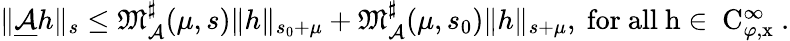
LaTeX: \begin{array}{r}{\rVert\underline{{\mathcal{A}}}h\rVert_{s}\le\mathfrak{M}_{\mathcal{A}}^{\sharp}(\mu,s)\rVert h\rVert_{s_{0}+\mu}+\mathfrak{M}_{\mathcal{A}}^{\sharp}(\mu,s_{0})\rVert h\rVert_{s+\mu},\mathrm{~for~all~h\in~C^\infty_{\varphi,x}~.}}\end{array}